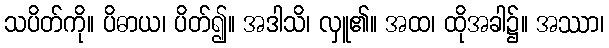
သပိတ်ကို။ ပိဓာယ၊ ပိတ်၍။ အဒါသိ၊ လှူ၏။ အထ၊ ထိုအခါ၌။ အဿာ၊